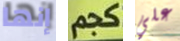
إنها كجم علي